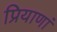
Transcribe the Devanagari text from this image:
प्रियाणां